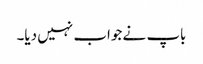
باپ نے جواب نہیں دیا۔